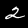
Digit: 2